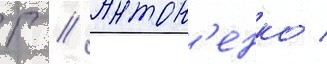
Г // Антон'енко /